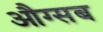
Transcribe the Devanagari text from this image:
औग्सब